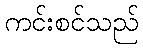
ကင်းစင်သည်